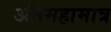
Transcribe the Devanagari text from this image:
अंतमहामात्र